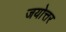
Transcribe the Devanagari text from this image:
जयोत्तर